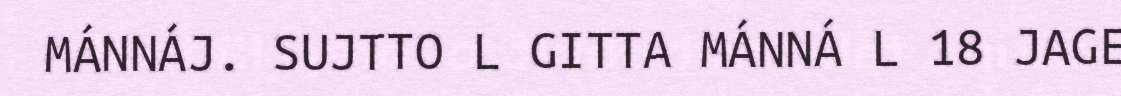
MÁNNÁJ. SUJTTO L GITTA MÁNNÁ L 18 JAGE